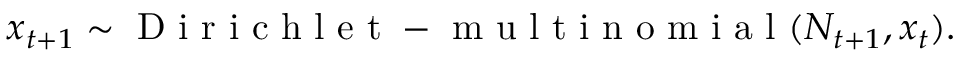
\boldsymbol x _ { t + 1 } \sim \mathrm { ~ D ~ i ~ r ~ i ~ c ~ h ~ l ~ e ~ t ~ - ~ m ~ u ~ l ~ t ~ i ~ n ~ o ~ m ~ i ~ a ~ l ~ } ( N _ { t + 1 } , \boldsymbol { x } _ { t } ) .